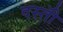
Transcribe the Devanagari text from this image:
दस्तोॅ